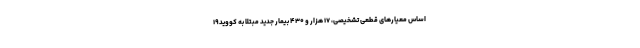
اساس معیارهای قطعی تشخیصی، ۱۷ هزار و ۴۳۰ بیمار جدید مبتلا به کووید۱۹